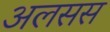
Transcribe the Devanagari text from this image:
अलसस